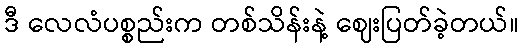
ဒီ လေလံပစ္စည်းက တစ်သိန်းနဲ့ ဈေးပြတ်ခဲ့တယ်။